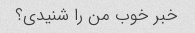
خبر خوب من را شنیدی؟